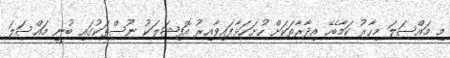
މި މައްސަލަ މިހާރު ކަމާބެހޭ އިދާރާތަކަށް ހުށަހަޅާފައިވާއިރު އޮފިޝަލަކު ނޫސްތަކުގައި ބުނީ މައްސަލަ